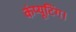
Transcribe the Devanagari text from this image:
कंप्यूटिंग।